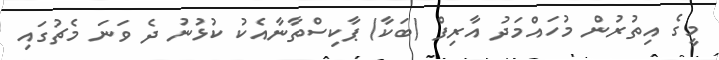
މީގެ އިތުރުން މުހައްމަދު އާރިފް (ބަކާ) ޕާކިސްތާނާއެކު ކުޅުނު ދެ ވަނަ މެޗުގައި